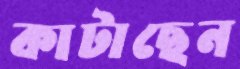
কাটাছেন